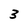
Character: 3